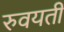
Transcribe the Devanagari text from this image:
रुवयती